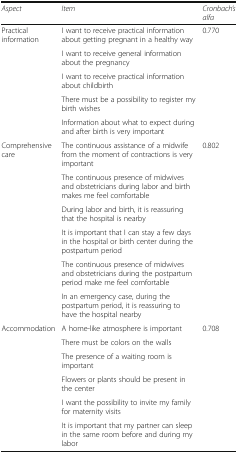
<table><thead><tr><td><b><i>Aspect</i></b></td><td><b><i>Item</i></b></td><td><b><i>Cronbach’s alfa</i></b></td></tr></thead><tbody><tr><td>Practical information</td><td>I want to receive practical information about getting pregnant in a healthy way</td><td>0.770</td></tr><tr><td></td><td>I want to receive general information about the pregnancy</td><td></td></tr><tr><td></td><td>I want to receive practical information about childbirth</td><td></td></tr><tr><td></td><td>There must be a possibility to register my birth wishes</td><td></td></tr><tr><td></td><td>Information about what to expect during and after birth is very important</td><td></td></tr><tr><td>Comprehensive care</td><td>The continuous assistance of a midwife from the moment of contractions is very important</td><td>0.802</td></tr><tr><td></td><td>The continuous presence of midwives and obstetricians during labor and birth makes me feel comfortable</td><td></td></tr><tr><td></td><td>During labor and birth, it is reassuring that the hospital is nearby</td><td></td></tr><tr><td></td><td>It is important that I can stay a few days in the hospital or birth center during the postpartum period</td><td></td></tr><tr><td></td><td>The continuous presence of midwives and obstetricians during the postpartum period make me feel comfortable</td><td></td></tr><tr><td></td><td>In an emergency case, during the postpartum period, it is reassuring to have the hospital nearby</td><td></td></tr><tr><td>Accommodation</td><td>A home-like atmosphere is important</td><td>0.708</td></tr><tr><td></td><td>There must be colors on the walls</td><td></td></tr><tr><td></td><td>The presence of a waiting room is important</td><td></td></tr><tr><td></td><td>Flowers or plants should be present in the center</td><td></td></tr><tr><td></td><td>I want the possibility to invite my family for maternity visits</td><td></td></tr><tr><td></td><td>It is important that my partner can sleep in the same room before and during my labor</td><td></td></tr></tbody></table>